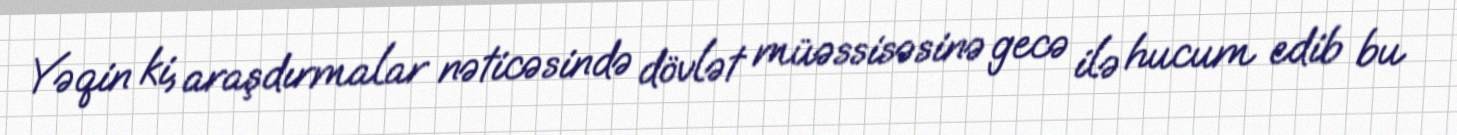
Yəqin ki, araşdırmalar nəticəsində dövlət müəssisəsinə gecə ilə hucum edib bu